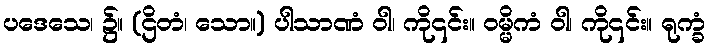
ပဒေသေ၊ ၌။ (ဌိတံ၊ သော။) ပါသာဏံ ဝါ၊ ကို၎င်း။ ဝမ္မိကံ ဝါ၊ ကို၎င်း။ ရုက္ခံ